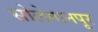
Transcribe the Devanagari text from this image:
सोलेमानपूर